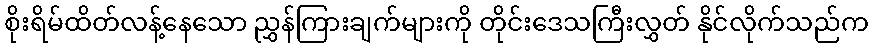
စိုးရိမ်ထိတ်လန့်နေသော ညွှန်ကြားချက်များကို တိုင်းဒေသကြီးလွှတ် နိုင်လိုက်သည်က